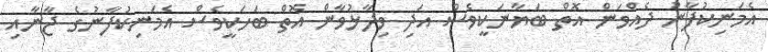
އެމަނިކުފާނު ދެއްވަން އޮތް ބަޔާނަކީވެސް އަދި ވިދާޅުވާން އޮތް ބަހަކީވެސް އެމަނިކުފާނުގެ ޖާނާއި